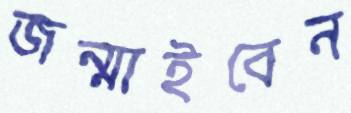
জন্মাইবেন